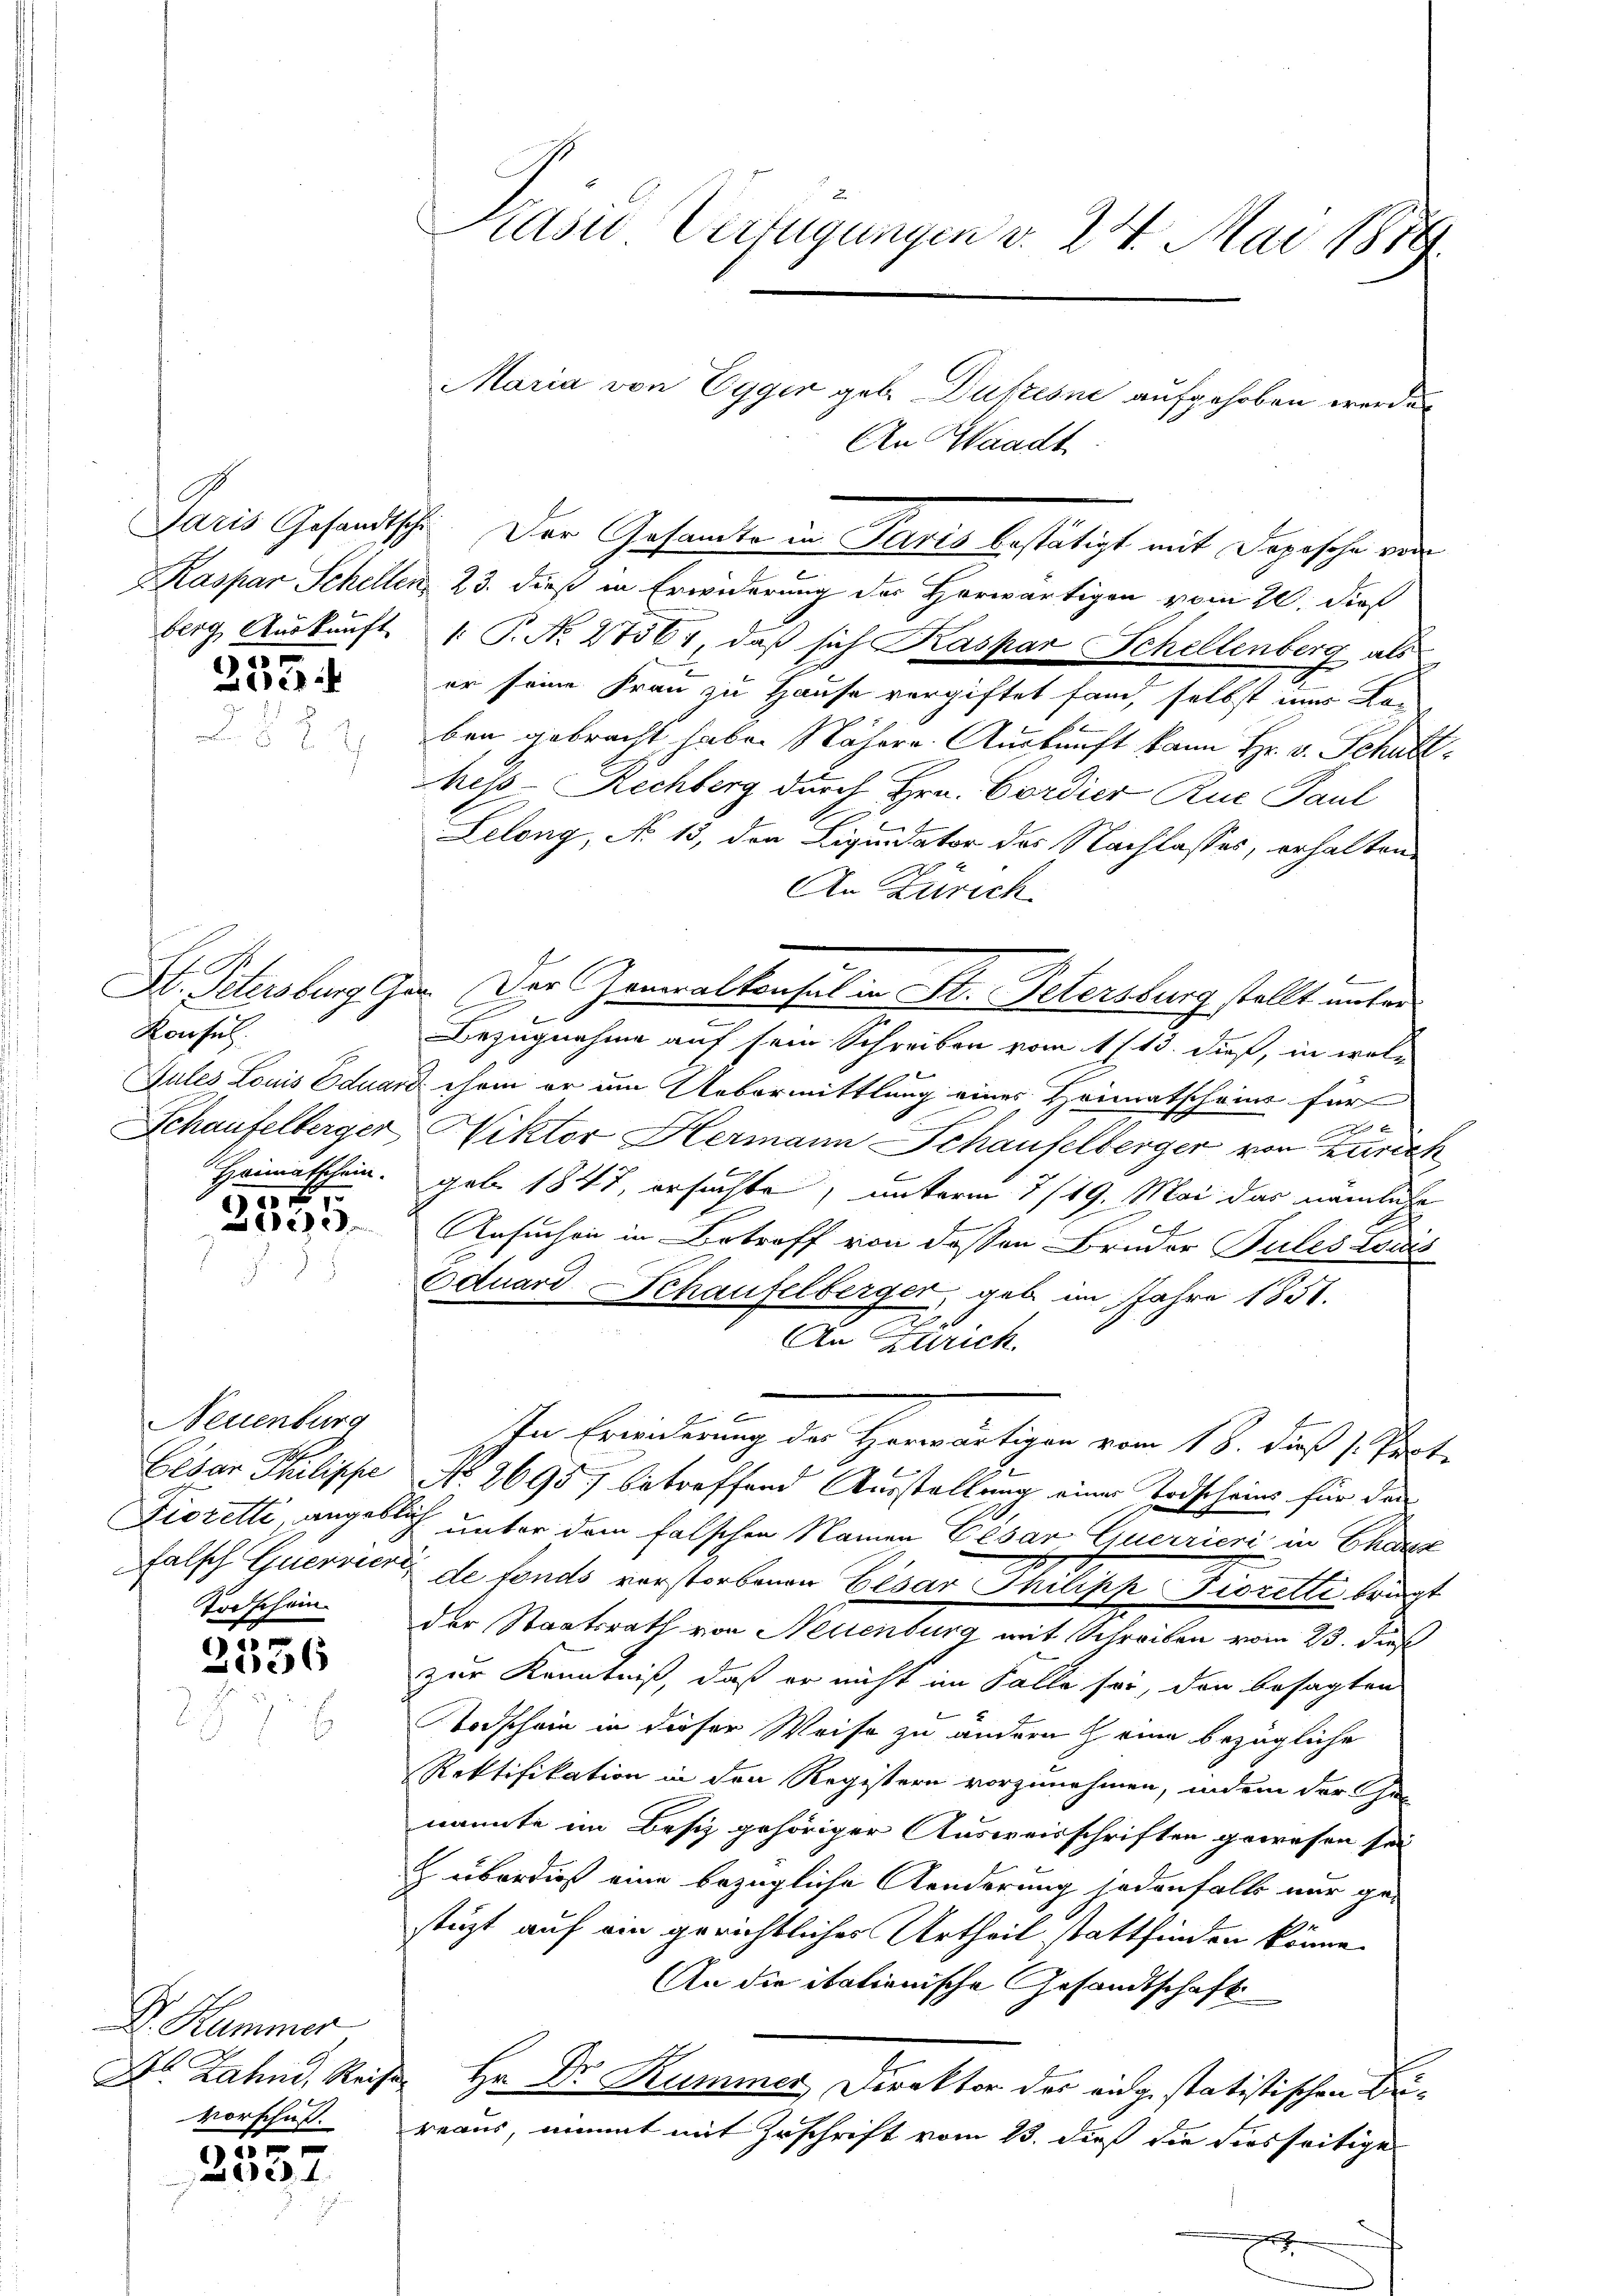
berg, Auskunft

233

Hanseh
Schaufelberger
Heimatschein.

04
21

Neuenburg
Elsar Schulische
Fiorette, angebe
Falsch Quervier
Todschein

s
3536

emme
D. Zahnd, Reise
vorschuß.

157
27

Kasie Verfügungen v. 24. Mai 1879.

Waadt
Paris Gesandtsche. Der Gesamte in Paris bestätigt mit Depesche von
.
Kaspar Schellen, 23. dieß in Erwiderung des Horwärtigen vom 20. dieß
1. P. No. 27561, daß sich Kaspar Schellenberg als
er seine Frau zu Hause vergiftet fand, selbst immer Loben gebracht habe. Nähere. Auskunft kann Hr. v. Schult
heß-Rechberg durch Hrn. Cordier Rue Paul
Lelong, No 13, den Liquidator des Nachlasses, erhaltene
An Zürich
.
St. Petersburg Ger. Der Generalkonsul in St. Petersburg stellt unter
Bezugnahme auf sein Schreiben vom 11. 13. dieß, in wol¬
Gules Louis Eduard chem er am Uebermittlung eines Heimatschein für
Nikter Hermann Schauselberger von Zürich
geb. 1847, ersuchte, unterm 7/19. Mai das nämliche
e
Ansuchen in Betreff von dessen Bruder Pules tous
Eduard Schaufelberger, gab im Jahre 1851.
0
An Zürich
In Erinderung der Herwärtigen vom 18. du 1. Prote
No 2695) betreffend Ausstellung einer Todscheins für den
 unter dem falschen Namen Cesar Querrieri in Chaus
u de fonds verstorbenen Cesar Philipp Bieretti, Kriegt
der Staatsrath von Neuenburg mit Schreiben vom 23. dieß
zur Kenntniß, daß er nicht im Falle sei, der besagten
Todschein in dieser Weise zu ändern eine bezügliche
Rektifikation in den Registern vorzunehmen, indem der Ge-
nannte im Besiz gehöriger Ausweisschriften gewesen sei
 überdieß eine bezügliche Aenderung jedenfalls nur ge-
stüzt auf ein gerichtliches Urtheil stattfinden könne.
An die itationische Gesandtschaft
 Hr. Dr. Kummer Direktor der eidge statistischen Bureaus, nimmt mit Zuschrift vom 13. dieß die diesseitige
h

Maria von Egger geb. Dukzioni aufgehoben werden
An 31.